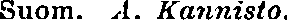
Suom. A. Kannisto.